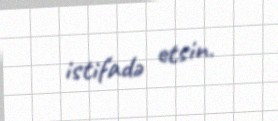
istifadə etsin.